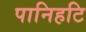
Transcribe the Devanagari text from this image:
पानिहटि